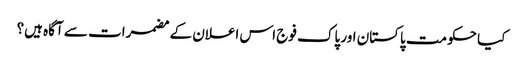
کیا حکومت پاکستان اور پاک فوج اس اعلان کے مضمرات سے آگاہ ہیں؟